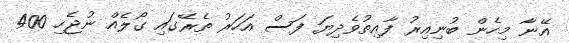
އޭނާ މިހެން ބުނިއިރު ފާއިތުވެދިޔަ ފަސް އަހަރު ތެރޭގައި ގޯލެއް ނުޖެހި 400